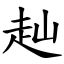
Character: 赸